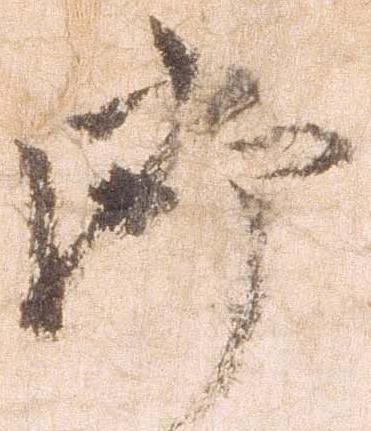
郎